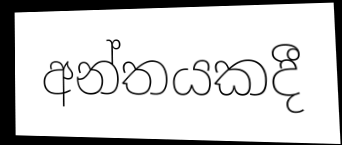
අන්තයකදී